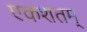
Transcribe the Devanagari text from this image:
एकशतम्